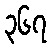
၃၆၇